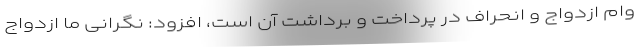
وام ازدواج و انحراف در پرداخت و برداشت آن است، افزود: نگرانی ما ازدواج